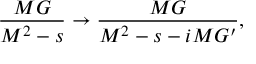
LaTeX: \frac { M G } { M ^ { 2 } - s } \rightarrow \frac { M G } { M ^ { 2 } - s - i M G ^ { \prime } } ,